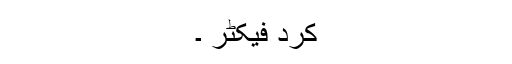
کرد فیکٹر ۔